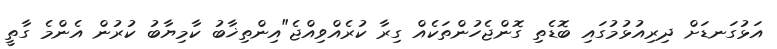
އަޅުގަނޑަށް ދިރިއުޅުމުގައި ބޮޑެތި ގޮންޖެހުންތަކެއް ގިރާ ކުރެއްވިއްޖެ"އިންތިޚާބު ކާމިޔާބު ކުރުން އެންމެ ގާތީ